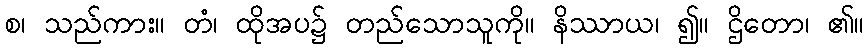
စ၊ သည်ကား။ တံ၊ ထိုအပ၌ တည်သောသူကို။ နိဿာယ၊ ၍။ ဌိတော၊ ၏။